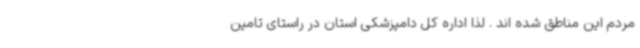
مردم این مناطق شده اند . لذا اداره کل دامپزشکی استان در راستای تامین